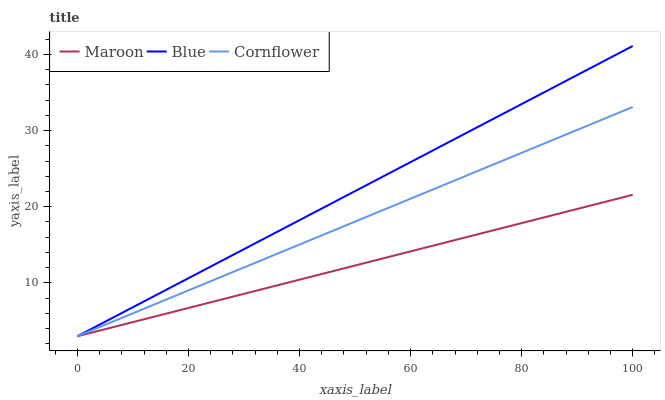
| xaxis_label | Maroon | Blue | Cornflower |
 | --- | --- | --- | --- |
 | 0 | 3 | 3 | 3 |
 | 6.67 | 4.24 | 5.54 | 5.01 |
 | 13.3 | 5.48 | 8.08 | 7.01 |
 | 20 | 6.71 | 10.6 | 9.02 |
 | 26.7 | 7.95 | 13.2 | 11 |
 | 33.3 | 9.19 | 15.7 | 13 |
 | 40 | 10.4 | 18.2 | 15 |
 | 46.7 | 11.7 | 20.8 | 17 |
 | 53.3 | 12.9 | 23.3 | 19.1 |
 | 60 | 14.1 | 25.9 | 21.1 |
 | 66.7 | 15.4 | 28.4 | 23.1 |
 | 73.3 | 16.6 | 30.9 | 25.1 |
 | 80 | 17.9 | 33.5 | 27.1 |
 | 86.7 | 19.1 | 36 | 29.1 |
 | 93.3 | 20.3 | 38.6 | 31.1 |
 | 100 | 21.6 | 41.1 | 33.1 |